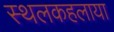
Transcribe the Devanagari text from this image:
स्थलकहलाया